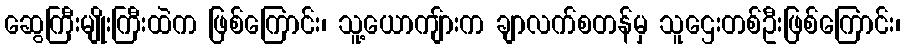
ဆွေကြီးမျိုးကြီးထဲက ဖြစ်ကြောင်း၊ သူ့ယောကျ်ားက ချာလက်စတန်မှ သူဌေးတစ်ဦးဖြစ်ကြောင်း၊